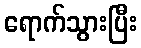
ရောက်သွားပြီး